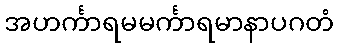
အဟင်္ကာရမမင်္ကာရမာနာပဂတံ